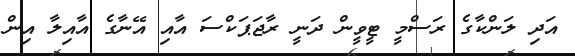
އަދި ލަންކާގެ ރަސްމީ ޓީވީން ދަނީ ރާޖަޕަކްސަ އާއި އޭނާގެ އާއިލާ އިން